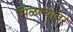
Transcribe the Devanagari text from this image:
मिळल्यावर